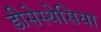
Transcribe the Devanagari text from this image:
डीसेस्थेसिया